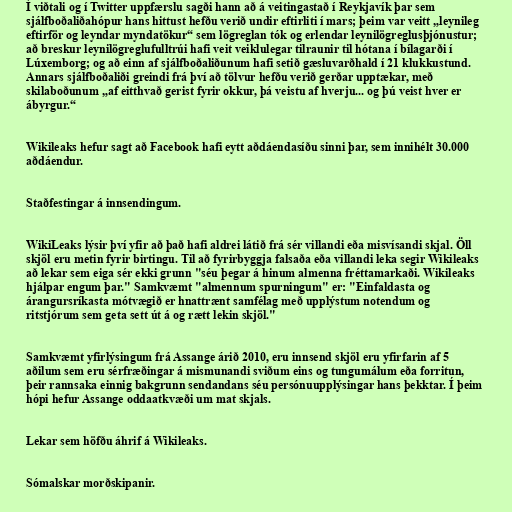
Í viðtali og í Twitter uppfærslu sagði hann að á veitingastað í Reykjavík þar sem
sjálfboðaliðahópur hans hittust hefðu verið undir eftirliti í mars; þeim var veitt „leynileg
eftirför og leyndar myndatökur“ sem lögreglan tók og erlendar leynilögreglusþjónustur;
að breskur leynilögreglufulltrúi hafi veit veiklulegar tilraunir til hótana í bílagarði í
Lúxemborg; og að einn af sjálfboðaliðunum hafi setið gæsluvarðhald í 21 klukkustund.
Annars sjálfboðaliði greindi frá því að tölvur hefðu verið gerðar upptækar, með
skilaboðunum „af eitthvað gerist fyrir okkur, þá veistu af hverju... og þú veist hver er
ábyrgur.“

Wikileaks hefur sagt að Facebook hafi eytt aðdáendasíðu sinni þar, sem innihélt 30.000
aðdáendur.

Staðfestingar á innsendingum.

WikiLeaks lýsir því yfir að það hafi aldrei látið frá sér villandi eða misvísandi skjal. Öll
skjöl eru metin fyrir birtingu. Til að fyrirbyggja falsaða eða villandi leka segir Wikileaks
að lekar sem eiga sér ekki grunn "séu þegar á hinum almenna fréttamarkaði. Wikileaks
hjálpar engum þar." Samkvæmt "almennum spurningum" er: "Einfaldasta og
árangursríkasta mótvægið er hnattrænt samfélag með upplýstum notendum og
ritstjórum sem geta sett út á og rætt lekin skjöl."

Samkvæmt yfirlýsingum frá Assange árið 2010, eru innsend skjöl eru yfirfarin af 5
aðilum sem eru sérfræðingar á mismunandi sviðum eins og tungumálum eða forritun,
þeir rannsaka einnig bakgrunn sendandans séu persónuupplýsingar hans þekktar. Í þeim
hópi hefur Assange oddaatkvæði um mat skjals.

Lekar sem höfðu áhrif á Wikileaks.

Sómalskar morðskipanir.